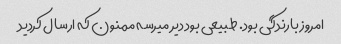
امروز بارندگی بود. طبیعی بود دیر میرسه ممنون که ارسال کردید